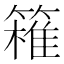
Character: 𥴛